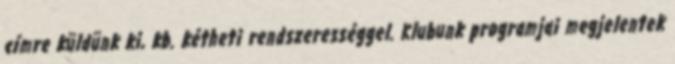
címre küldünk ki, kb. kétheti rendszerességgel. Klubunk programjai megjelentek